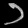
Digit: ၁